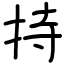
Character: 持